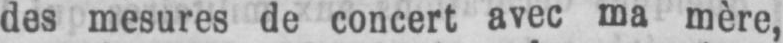
des mesures de concert avec ma mère,